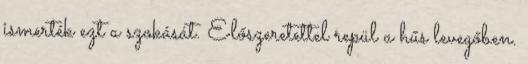
ismerték ezt a szokását. Előszeretettel repül a hűs levegőben.